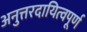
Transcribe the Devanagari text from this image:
अनुत्तरदायित्वपूर्ण